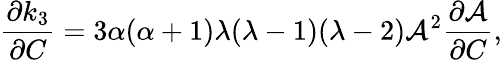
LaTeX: \frac{\partial k_{3}}{\partial C}=3\alpha(\alpha+1)\lambda(\lambda-1)(\lambda-2)\mathcal{A}^{2}\frac{\partial\mathcal{A}}{\partial C},